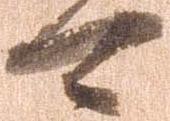
可